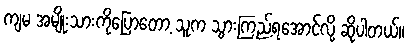
ကျမ အမျိုးသားကိုပြောတော့ သူက သွားကြည့်ရအောင်လို့ ဆိုပါတယ်။